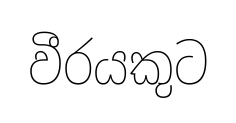
වීරයකුට